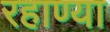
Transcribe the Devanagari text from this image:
रहाण्या